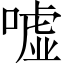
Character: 嘘